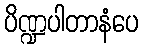
ပိဏ္ဍပါတာနံပေ